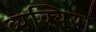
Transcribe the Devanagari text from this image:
व्यक्यियां